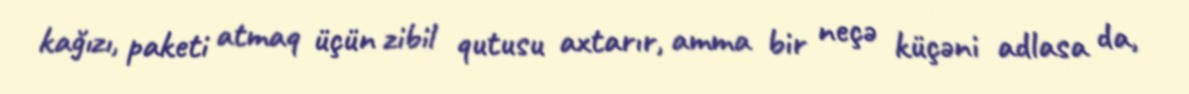
kağızı, paketi atmaq üçün zibil qutusu axtarır, amma bir neçə küçəni adlasa da,